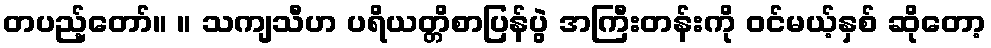
တပည့်တော်။ ။ သကျသီဟ ပရိယတ္တိစာပြန်ပွဲ အကြီးတန်းကို ဝင်မယ့်နှစ် ဆိုတော့